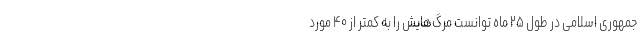
جمهوری اسلامی در طول ۲۵ ماه توانست مرگ‌هایش را به کمتر از ۴۰ مورد